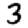
Digit: 3